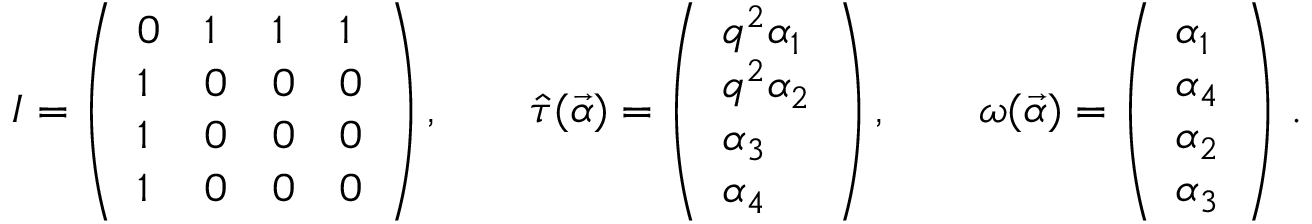
I = \left( \begin{array} { l l l l } { { 0 } } & { { 1 } } & { { 1 } } & { { 1 } } \\ { { 1 } } & { { 0 } } & { { 0 } } & { { 0 } } \\ { { 1 } } & { { 0 } } & { { 0 } } & { { 0 } } \\ { { 1 } } & { { 0 } } & { { 0 } } & { { 0 } } \end{array} \right) , \quad \quad \hat { \tau } ( \vec { \alpha } ) = \left( \begin{array} { l } { { q ^ { 2 } \alpha _ { 1 } } } \\ { { q ^ { 2 } \alpha _ { 2 } } } \\ { { \alpha _ { 3 } } } \\ { { \alpha _ { 4 } } } \end{array} \right) , \quad \quad \omega ( \vec { \alpha } ) = \left( \begin{array} { l } { { \alpha _ { 1 } } } \\ { { \alpha _ { 4 } } } \\ { { \alpha _ { 2 } } } \\ { { \alpha _ { 3 } } } \end{array} \right) \, .